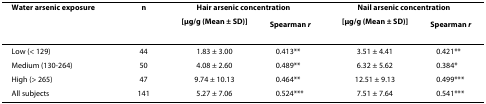
| Water arsenic exposure | n | <COLSPAN=2> Hair arsenic concentration | <COLSPAN=2> Nail arsenic concentration |
 |  |  | [μg/g (Mean ± SD)] | Spearman r | [μg/g (Mean ± SD)] | Spearman r |
 | --- | --- | --- | --- | --- | --- |
 | Low (< 129) | 44 | 1.83 ± 3.00 | 0.413** | 3.51 ± 4.41 | 0.421** |
 | Medium (130-264) | 50 | 4.08 ± 2.60 | 0.489** | 6.32 ± 5.62 | 0.384* |
 | High (> 265) | 47 | 9.74 ± 10.13 | 0.464** | 12.51 ± 9.13 | 0.499*** |
 | All subjects | 141 | 5.27 ± 7.06 | 0.524*** | 7.51 ± 7.64 | 0.541*** |